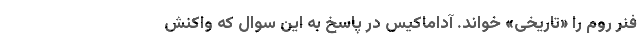
فنر روم را «تاریخی» خواند. آداماکیس در پاسخ به این سوال که واکنش